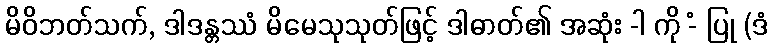
မိဝိဘတ်သက်, ဒါဒန္တဿံ မိမေသုသုတ်ဖြင့် ဒါဓာတ်၏ အဆုံး -ါ ကို -ံ ပြု (ဒံ